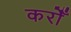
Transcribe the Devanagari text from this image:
करोँ